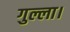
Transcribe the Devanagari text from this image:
गुल्ला।